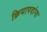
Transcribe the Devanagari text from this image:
क्रियापदांना